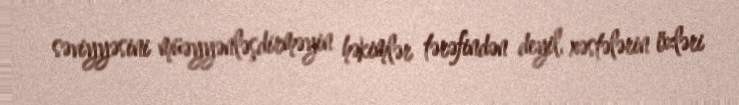
səviyyəsini müəyyənləşdirməyin həkimlər tərəfindən deyil, xəstələrin özləri